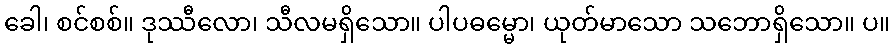
ခေါ၊ စင်စစ်။ ဒုဿီလော၊ သီလမရှိသော။ ပါပဓမ္မော၊ ယုတ်မာသော သဘောရှိသော။ ပ။